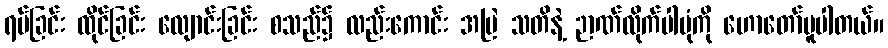
ရပ်ခြင်း ထိုင်ခြင်း လျောင်းခြင်း စသည်၌ လည်းကောင်း အမြဲ သတိနဲ့ ဉာဏ်လိုက်ပါပုံကို ဟောတော်မူပါတယ်။